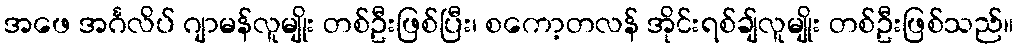
အဖေ အင်္ဂလိပ် ဂျာမန်လူမျိုး တစ်ဦးဖြစ်ပြီး၊ စကော့တလန် အိုင်းရစ်ချ်လူမျိုး တစ်ဦးဖြစ်သည်။